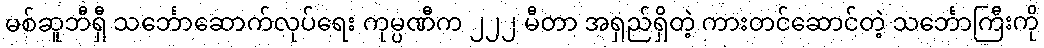
မစ်ဆူဘီရှီ သင်္ဘောဆောက်လုပ်ရေး ကုမ္ပဏီက ၂၂၂ မီတာ အရှည်ရှိတဲ့ ကားတင်ဆောင်တဲ့ သင်္ဘောကြီးကို